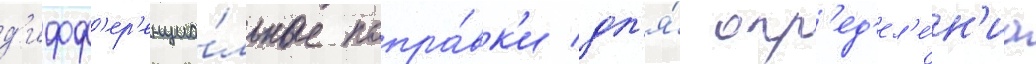
д'ифф'ер'енциа́льные попра́вк'и дл'я́ опр'ед'ел'е́н'иа